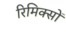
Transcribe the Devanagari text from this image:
रिमिक्सों